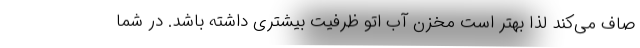
صاف می‌کند لذا بهتر است مخزن آب اتو ظرفیت بیشتری داشته باشد. در شما